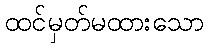
ထင်မှတ်မထားသော